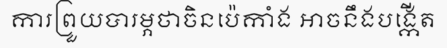
ការព្រួយបារម្ភថាចិនប៉េកាំង អាចនឹងបង្កើត